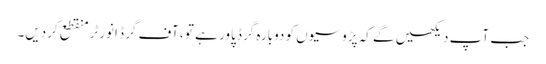
جب آپ دیکھیں گے کہ پڑوسیوں کو دوبارہ گرڈ پاور ہے تو ، آف گرڈ انورٹر منقطع کردیں۔